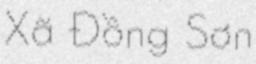
Xã Đồng Sơn